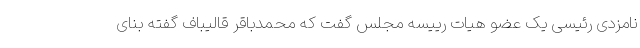
نامزدی رئیسی یک عضو هیات رییسه مجلس گفت که محمدباقر قالیباف گفته بنای